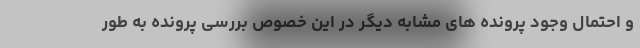
و احتمال وجود پرونده های مشابه دیگر در این خصوص بررسی پرونده به طور